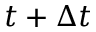
t + \Delta t